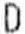
D